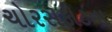
ચોરસફીટના